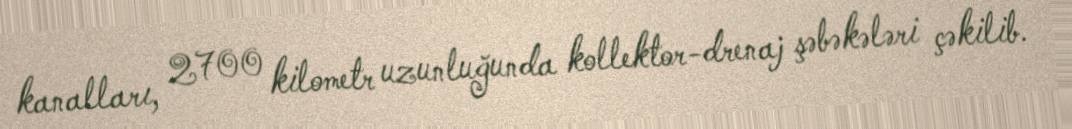
kanalları, 2700 kilometr uzunluğunda kollektor-drenaj şəbəkələri çəkilib.